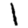
Digit: 1